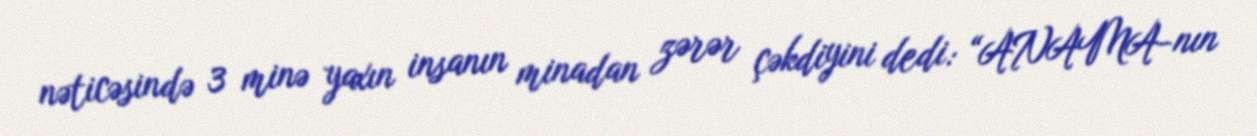
nəticəsində 3 minə yaxın insanın minadan zərər çəkdiyini dedi: “ANAMA-nın